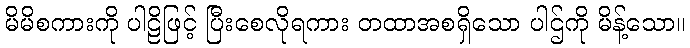
မိမိစကားကို ပါဠိဖြင့် ပြီးစေလိုရကား တထာအစရှိသော ပါဌ်ကို မိန့်သော။